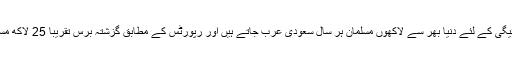
خیال رہے کہ حج کی ادائیگی کے لئے دنیا بھر سے لاکھوں مسلمان ہر سال سعودی عرب جاتے ہیں اور رپورٹس کے مطابق گزشتہ برس تقریباً 25 لاکھ مسلمانوں نے حج ادا کیا تھا۔